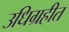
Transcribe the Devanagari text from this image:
उधिग्रहीत